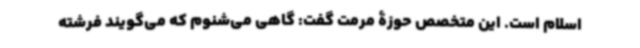
اسلام است. این متخصص حوزۀ مرمت گفت: گاهی می‌شنوم که می‌گویند فرشته